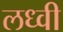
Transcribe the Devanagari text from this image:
लध्वी